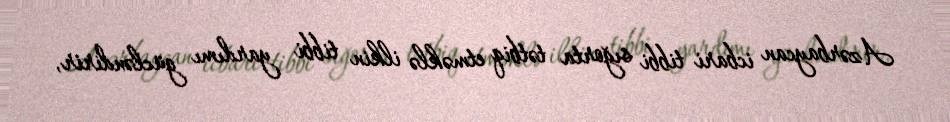
Azərbaycan icbari tibbi sığorta tətbiq etməklə ilkin tibbi yardımı gücləndirir,